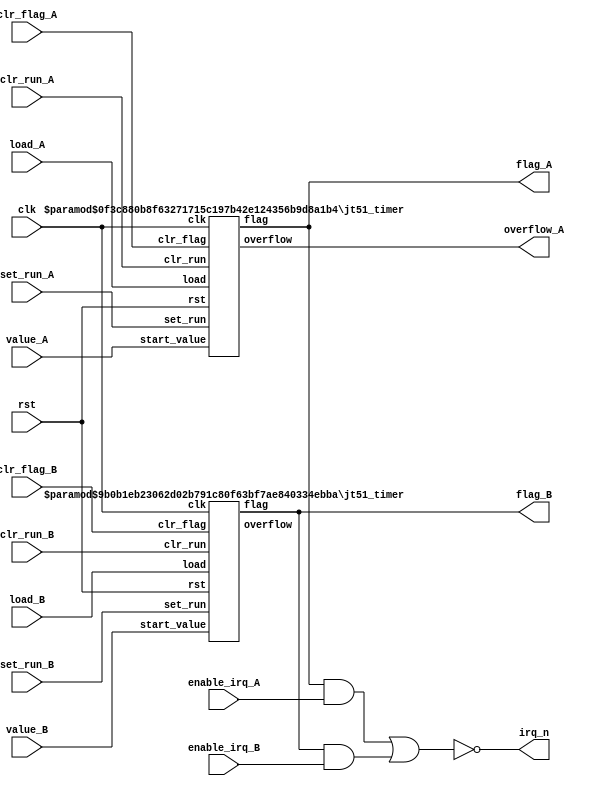
/*  This file is part of JT51.

    JT51 is free software: you can redistribute it and/or modify
    it under the terms of the GNU General Public License as published by
    the Free Software Foundation, either version 3 of the License, or
    (at your option) any later version.

    JT51 is distributed in the hope that it will be useful,
    but WITHOUT ANY WARRANTY; without even the implied warranty of
    MERCHANTABILITY or FITNESS FOR A PARTICULAR PURPOSE.  See the
    GNU General Public License for more details.

    You should have received a copy of the GNU General Public License
    along with JT51.  If not, see <http://www.gnu.org/licenses/>.
	
	Author: Jose Tejada Gomez. Twitter: @topapate
	Version: 1.0
	Date: 27-10-2016
	*/
	
`timescale 1ns / 1ps

module jt51_timers(
  input			clk,
  input			rst,
  input [9:0]	value_A,
  input [7:0]	value_B,
  input 		load_A,
  input 		load_B,
  input 		clr_flag_A,
  input 		clr_flag_B,
  input			set_run_A,
  input			set_run_B,  
  input			clr_run_A,
  input			clr_run_B,  
  input 		enable_irq_A,
  input 		enable_irq_B,
  output 	 	flag_A,
  output 	 	flag_B,
  output		overflow_A,
  output 	 	irq_n
);

assign irq_n = ~( (flag_A&enable_irq_A) | (flag_B&enable_irq_B) );

jt51_timer #(.mult_width(6), .counter_width(10)) timer_A(
	.clk		( clk		), 
	.rst		( rst		),
	.start_value( value_A	),	
	.load		( load_A   	),
	.clr_flag   ( clr_flag_A),
	.set_run	( set_run_A	),
	.clr_run	( clr_run_A ),
	.flag		( flag_A	),
	.overflow	( overflow_A)
);

jt51_timer #(.mult_width(10), .counter_width(8)) timer_B(
	.clk		( clk		), 
	.rst		( rst		),
	.start_value( value_B	),	
	.load		( load_B   	),
	.clr_flag   ( clr_flag_B),
	.set_run	( set_run_B	),
	.clr_run	( clr_run_B ),
	.flag		( flag_B	),
	.overflow	(			)
);

endmodule

module jt51_timer #(parameter counter_width = 10, mult_width=5 )
(
	input	clk, 
	input	rst,
	input	[counter_width-1:0] start_value,
	input	load,
	input	clr_flag,
	input	set_run,
	input	clr_run,
	output reg flag,
	output reg overflow
);

reg run;
reg [   mult_width-1:0] mult;
reg [counter_width-1:0] cnt;

always@(posedge clk)
	if( clr_flag || rst)
		flag <= 1'b0;
	else if(overflow) flag<=1'b1;
	
always@(posedge clk)
	if( clr_run || rst)
		run <= 1'b0;
	else if(set_run || load) run<=1'b1;

reg [mult_width+counter_width-1:0] next, init;

always @(*) begin
	{overflow, next } = { 1'b0, cnt, mult } + 1'b1;
	init = { start_value, { (mult_width){1'b0} } };
end

always @(posedge clk) begin : counter
	if( load ) begin
	  mult <= { (mult_width){1'b0} };
	  cnt  <= start_value;
	end		
	else if( run )
	  { cnt, mult } <= overflow ? init : next;
end
endmodule